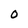
Character: 0